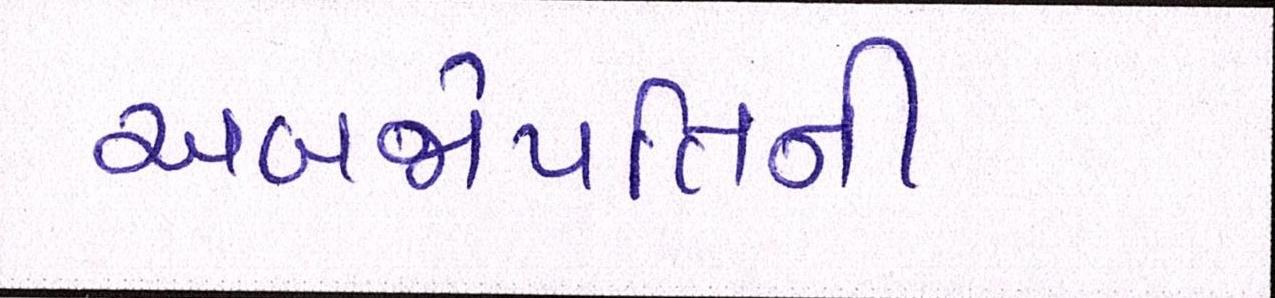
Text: અબજોપતિની